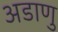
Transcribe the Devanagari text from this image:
अडाणु